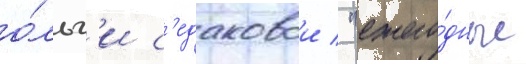
о́льг'и с'едаковои / "ежего́дные